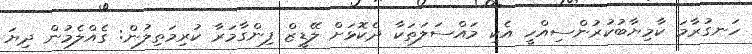
ހަނގުރާމަ ކާމިޔާބުކުރުންސިއްހީ އެކި މައްސަލަތަކާ ދެކޮޅަށް ލޭޑީޒް ފިންގާމަރާ ކުރިމަތިލުން: ގެއްލެމުން ދިޔަ